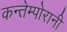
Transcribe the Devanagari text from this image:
कन्तेम्पोरानी